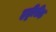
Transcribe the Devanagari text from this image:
हड्डीरीढ़